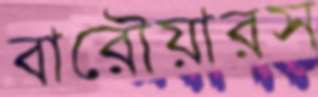
বারৌয়ারস